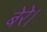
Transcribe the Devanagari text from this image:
बेरे।